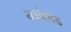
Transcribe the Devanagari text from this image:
आर्यलंड